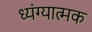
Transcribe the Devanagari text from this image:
ध्यंग्यात्मक